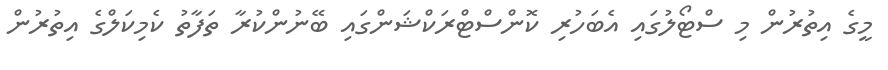
މީގެ އިތުރުން މި ސްޓޯލުގައި އެބަހުރި ކޮންސްޓްރަކްޝަންގައި ބޭނުންކުރާ ތަފާތު ކެމިކަލްގެ އިތުރުން